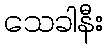
သေခါနီး